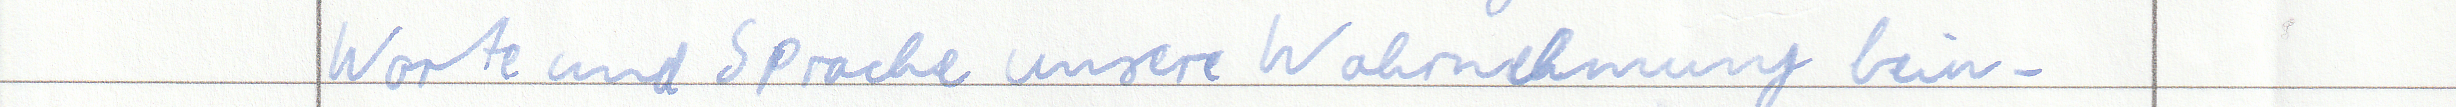
Worte und Sprache unsere Wahrnehmung bein -